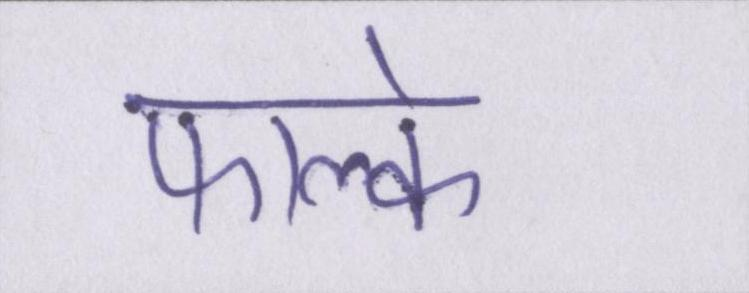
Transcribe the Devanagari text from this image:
फाल्के